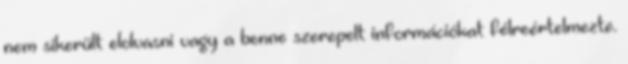
nem sikerült elolvasni vagy a benne szerepelt információkat félreértelmezte.